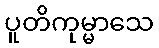
ပူတိကုမ္မာသေ